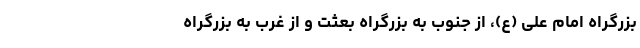
بزرگراه امام علی (ع)، از جنوب به بزرگراه بعثت و از غرب به بزرگراه